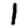
Digit: 1